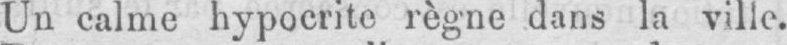
Un calme hypocrite règne dans la ville.